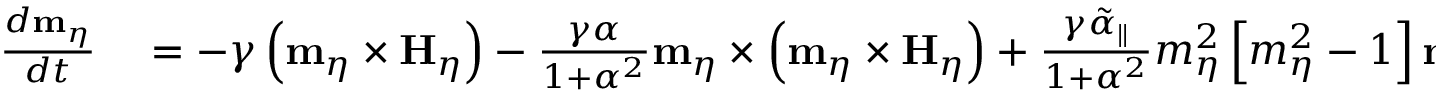
\begin{array} { r l } { \frac { d \mathbf { m } _ { \eta } } { d t } } & { { } = - \gamma \left( \mathbf { m } _ { \eta } \times \mathbf { H } _ { \eta } \right) - \frac { \gamma \alpha } { 1 + \alpha ^ { 2 } } \mathbf { m } _ { \eta } \times \left( \mathbf { m } _ { \eta } \times \mathbf { H } _ { \eta } \right) + \frac { \gamma \tilde { \alpha } _ { \parallel } } { 1 + \alpha ^ { 2 } } m _ { \eta } ^ { 2 } \left[ m _ { \eta } ^ { 2 } - 1 \right] \mathbf { m } _ { \eta } . } \end{array}